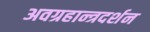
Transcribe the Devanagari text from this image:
अवग्रहान्त्रदर्शन